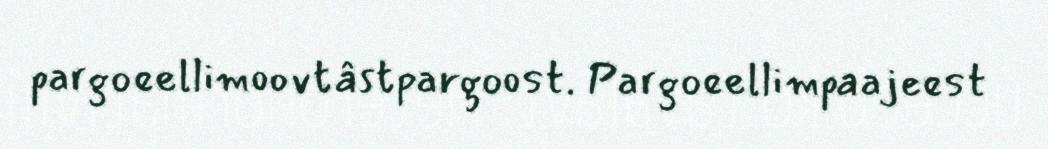
pargoeellimoovtâstpargoost. Pargoeellimpaajeest